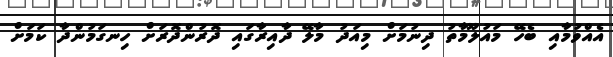
އެއްވުމާއި ބެހޭ މައުލޫމާތު ދިނުމަށް މިއަދު މާލޭ ދާއިރާގައި ދޮރުންދޮރަށް ހިނގަމުންދާ ކަމަށް